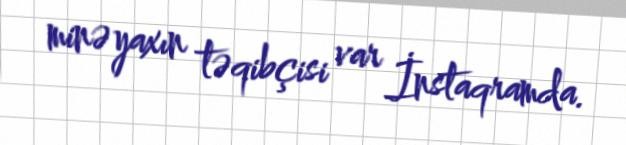
minə yaxın təqibçisi var İnstaqramda.